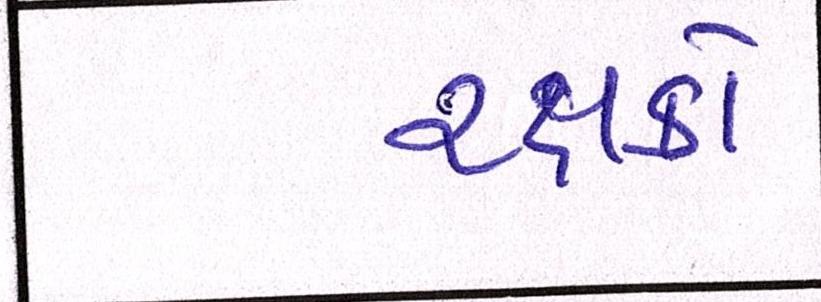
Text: રક્ષકો